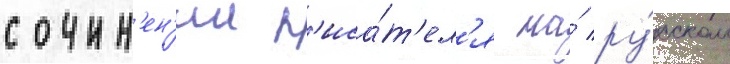
сочин'ен'ии п'иса́т'ел'я на́ ру́сском